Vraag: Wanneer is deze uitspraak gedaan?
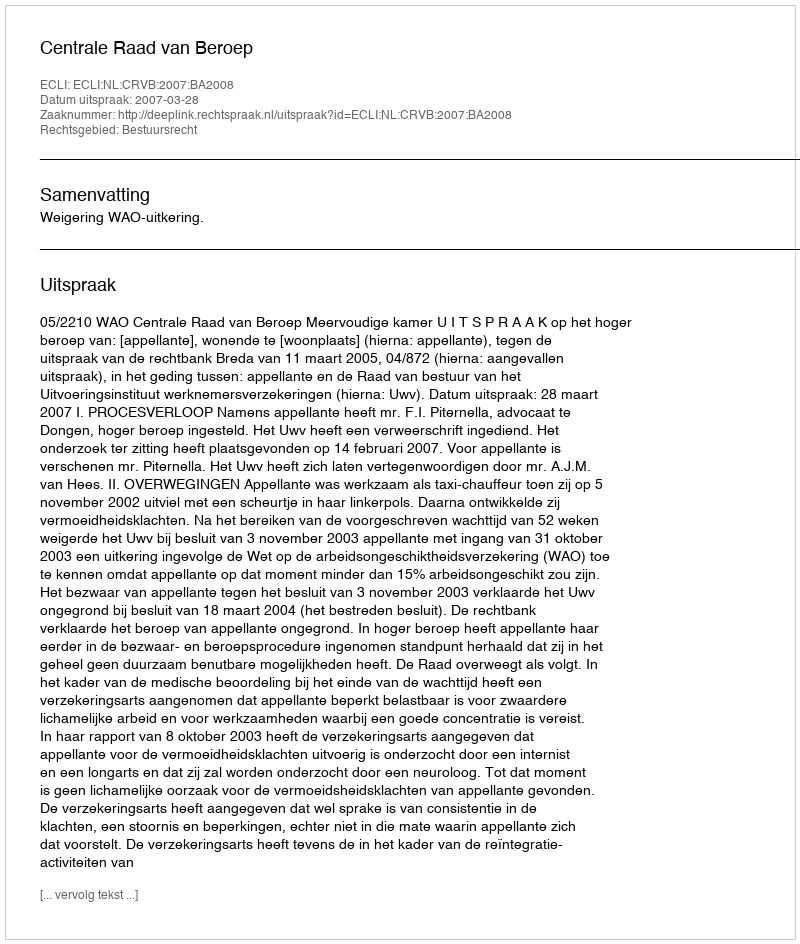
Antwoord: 2007-03-28